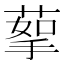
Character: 蒘